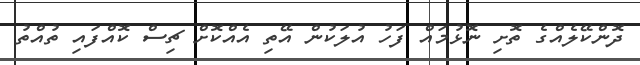
ދޮންކޭލެއްގެ ތޮށި ނޮޅުމައް ފަހު އުލަކުން އޭތި އެއްކޮށް ޗިސް ކޮއްފައި ތުއްތު